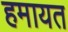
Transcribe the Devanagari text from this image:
हमायत